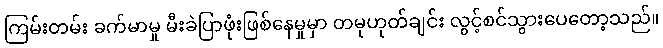
ကြမ်းတမ်း ခက်မာမှု မီးခဲပြာဖုံးဖြစ်နေမှုမှာ တမုဟုတ်ချင်း လွင့်စင်သွားပေတော့သည်။